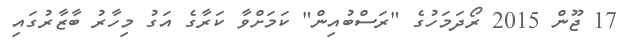
17 ޖޫން 2015 ރޯދަމަހުގެ "ރަސްބުއިން" ކަމަށްވާ ކަރާގެ އަގު މިހާރު ބާޒާރުގައި